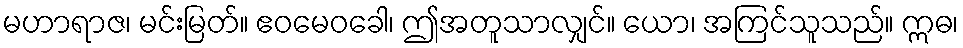
မဟာရာဇ၊ မင်းမြတ်။ ဧဝမေဝခေါ၊ ဤအတူသာလျှင်။ ယော၊ အကြင်သူသည်။ ဣဓ၊